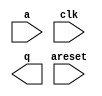

module fp_converter_arria10 (
	a,
	areset,
	clk,
	q);	

	input	[31:0]	a;
	input		areset;
	input		clk;
	output	[31:0]	q;
endmodule